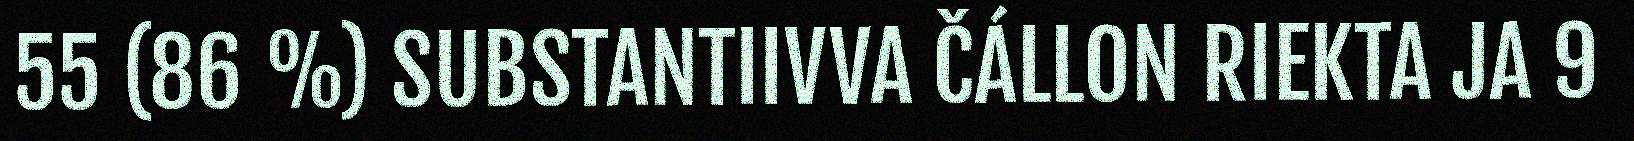
55 (86 %) SUBSTANTIIVVA ČÁLLON RIEKTA JA 9